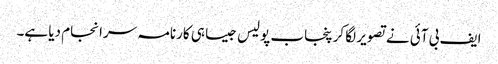
ایف بی آئی نے تصویر لگا کر پنجاب پولیس جیسا ہی کارنامہ سرانجام دیا ہے۔